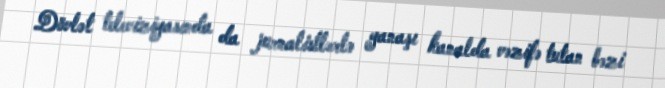
Dövlət televiziyasında da jurnalistlərlə yanaşı kanalda vəzifə tutan bəzi